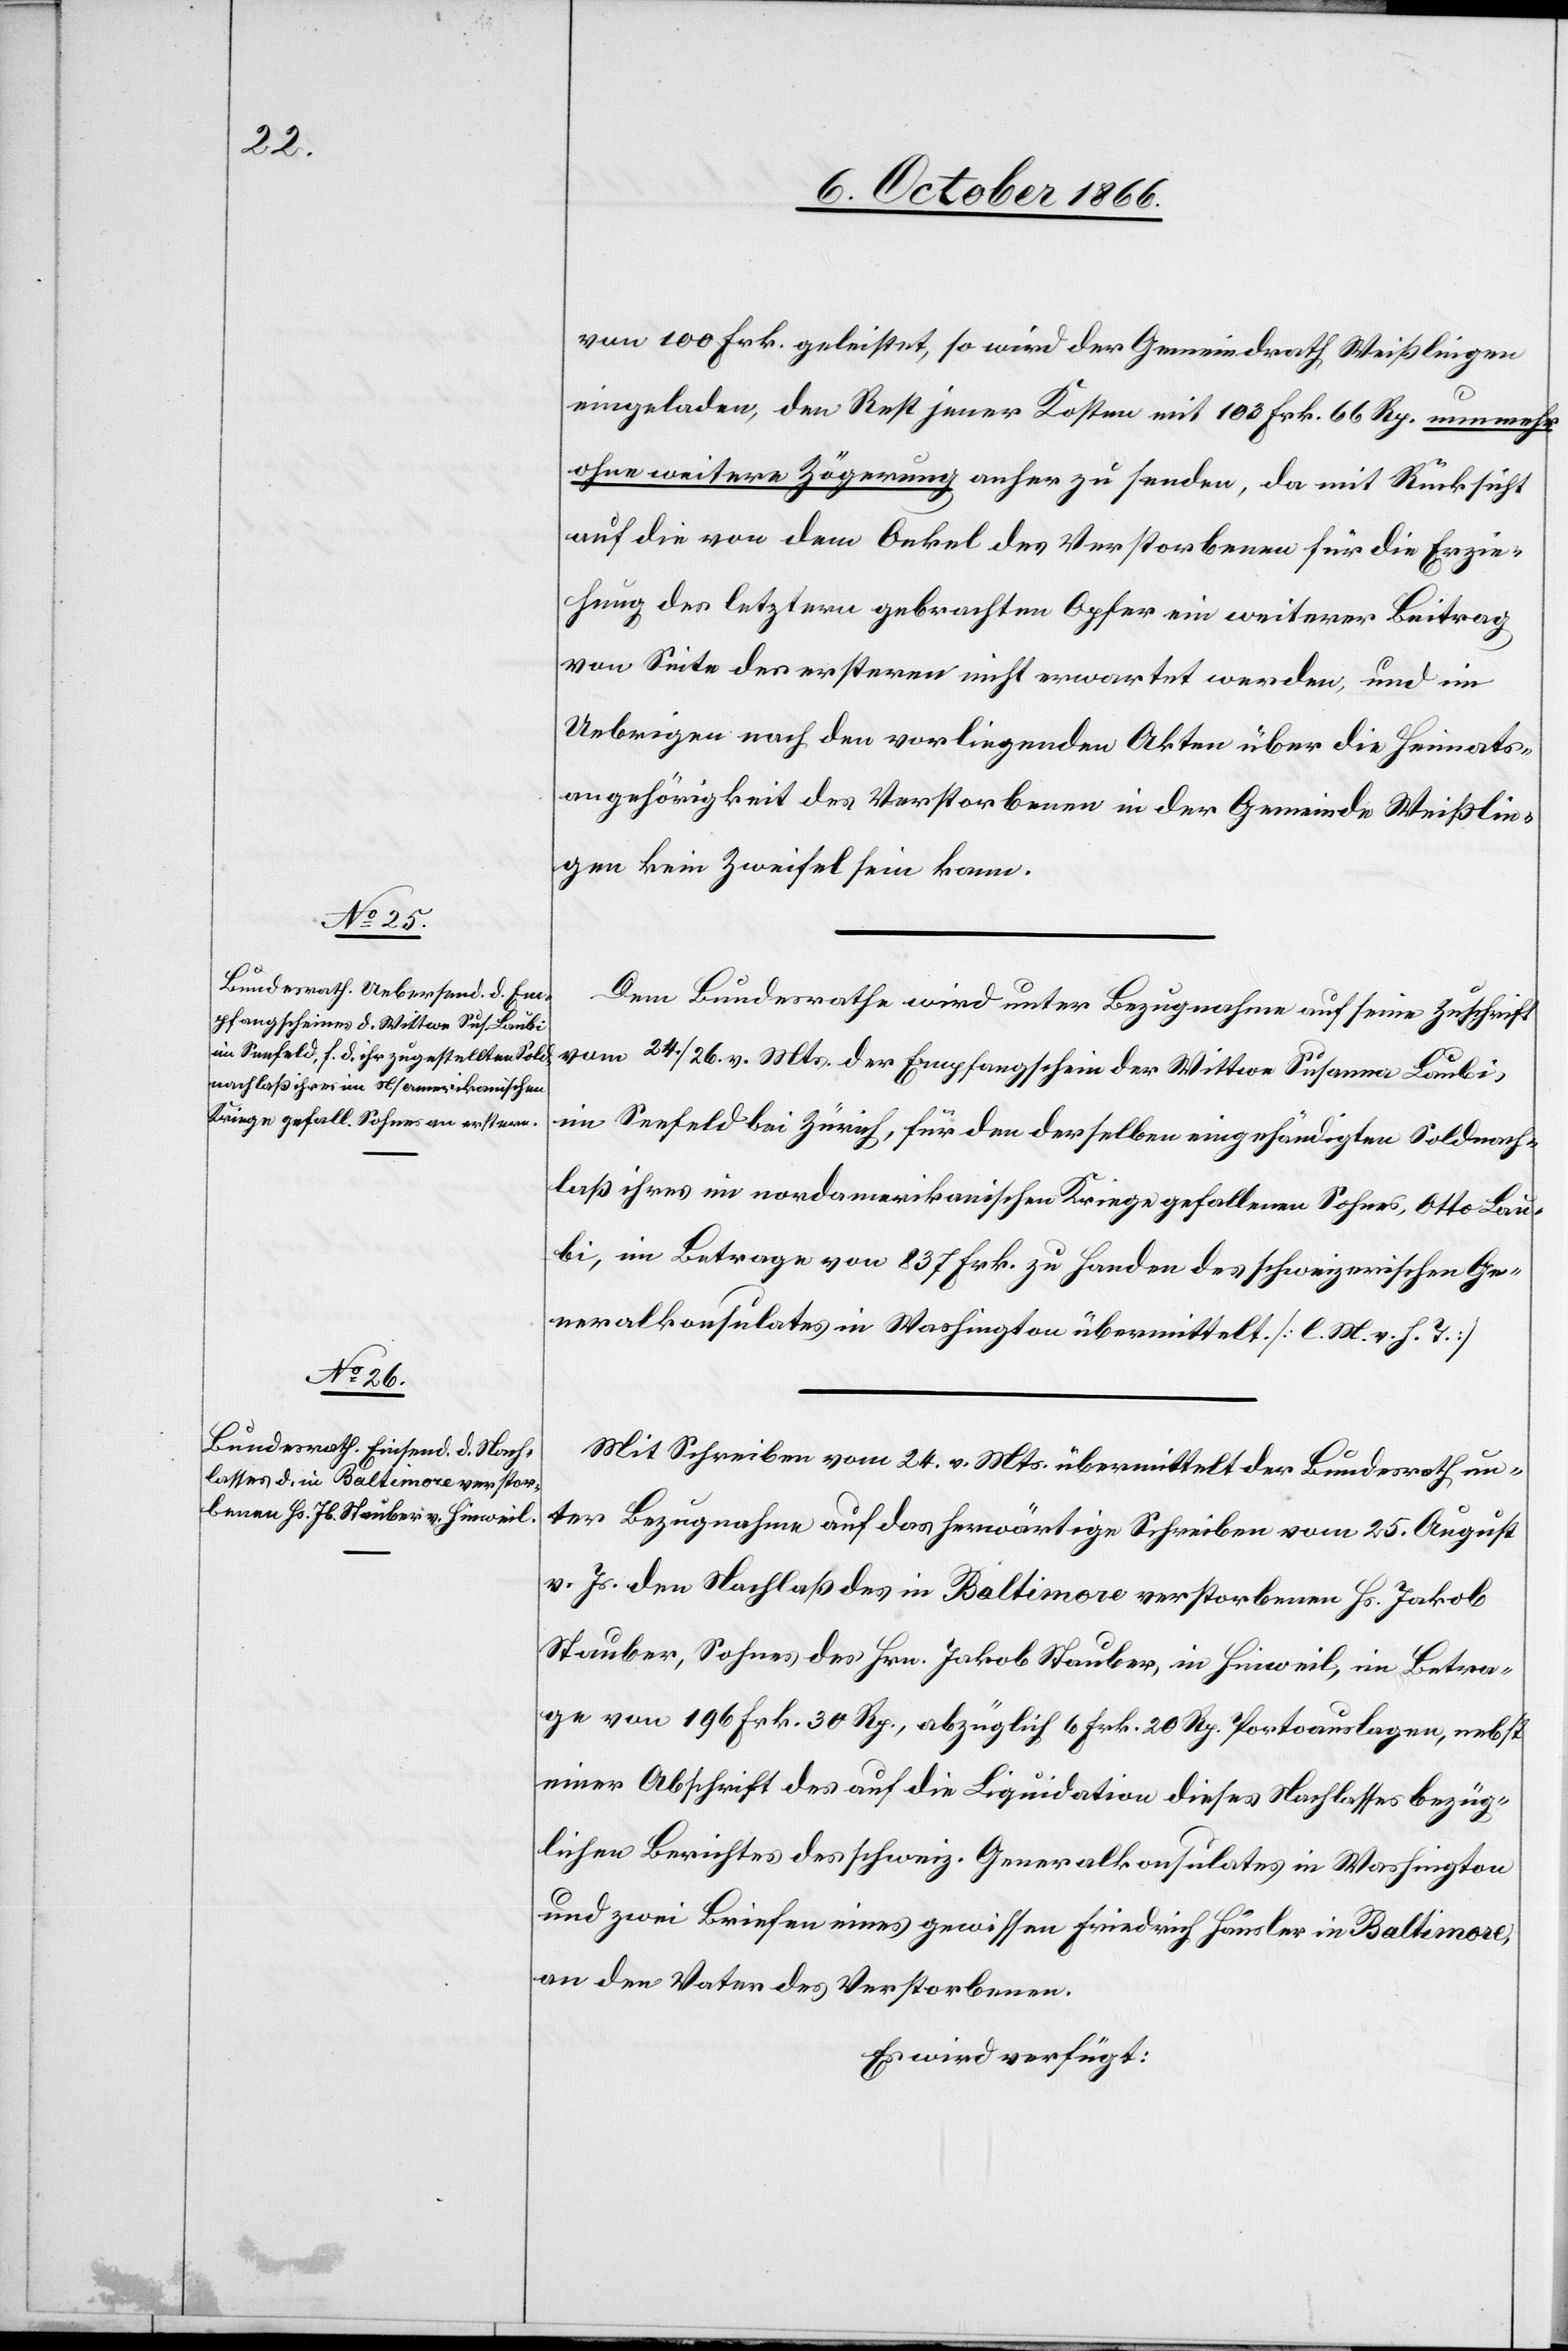
8. October 1866.]
von 100 Frk. geleistet, so wird der Gemeindrath Weißlingen
eingeladen, den Rest jener Kosten mit 103 Frk. 66 Rp. nunmehr
ohne weitere Zögerung anher zu senden, da mit Rücksicht
auf die von dem Onkel des Verstorbenen für die Erzie¬
hung des letztern gebrachten Opfer ein weiterer Beitrag
von Seite des ersteren nicht erwartet werden, und im
Uebrigen nach den vorliegenden Akten über die Heimats¬
angehörigkeit des Verstorbenen in der Gemeinde Weißlin¬
gen kein Zweifel sein kann.
Dem Bundesrathe wird unter Bezugnahme auf seine Zuschrift
vom 24./26. v. Mts. der Empfangschein der Wittwe Susanna Laubi,
im Seefeld bei Zürich, für den derselben eingehändigten Soldnach¬
laß ihres im nordamerikanischen Kriege gefallenen Sohnes, Otto Lau¬
bi, im Betrage von 837 Frk. zu Handen des schweizerischen Ge¬
neralkonsulates in Washington übermittelt. [l. M. v. h. T.]
Mit Schreiben vom 24. v. Mts übermittelt der Bundesrath un¬
ter Bezugnahme auf das herwärtige Schreiben vom 25. August
v. Js. den Nachlaß des in Baltimore verstorbenen Hs. Jakob
Stauber, Sohnes des Hrn. Jakob Stauber, in Hinweil, im Betra¬
ge von 196 Frk. 30 Rp., abzüglich 6 Frk. 20 Rp. Portoauslagen, nebst
einer Abschrift des auf die Liquidation dieses Nachlasses bezüg¬
lichen Berichtes des schweiz. Generalkonsulates in Washington
und zwei Briefen eines gewissen Friedrich Häusler in Baltimore,
an den Vater des Verstorbenen.
Es wird verfügt: